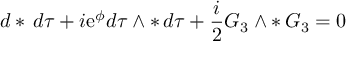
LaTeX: d * \, d \tau + i \mathrm { e } ^ { \phi } d \tau \wedge * \, d \tau + \frac { i } { 2 } G _ { 3 } \wedge * \, G _ { 3 } = 0